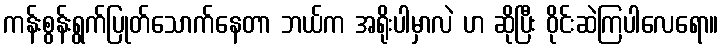
ကန်းစွန်းရွက်ပြုတ်သောက်နေတာ ဘယ်က အရိုးပါမှာလဲ ဟ ဆိုပြီး ဝိုင်းဆဲကြပါလေရော။